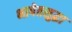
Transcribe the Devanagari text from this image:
भाषेतसुद्धा